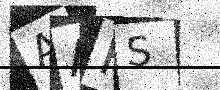
Text: AAHS